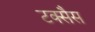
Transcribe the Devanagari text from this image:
टक्सैस